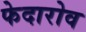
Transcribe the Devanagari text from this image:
फेदारोव